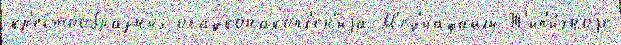
кр'естообразных осадконакопл'ен'иjа М'ед'иафайлы Т'ип'и́чноjе